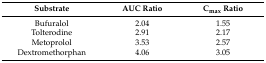
<table><thead><tr><td><b>Substrate</b></td><td><b>AUC Ratio</b></td><td><b>C<sub>max</sub> Ratio</b></td></tr></thead><tbody><tr><td>Bufuralol</td><td>2.04</td><td>1.55</td></tr><tr><td>Tolterodine</td><td>2.91</td><td>2.17</td></tr><tr><td>Metoprolol</td><td>3.53</td><td>2.57</td></tr><tr><td>Dextromethorphan</td><td>4.06</td><td>3.05</td></tr></tbody></table>